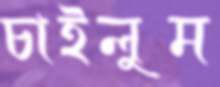
চাইলুম